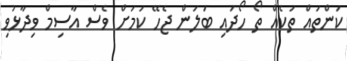
ކަންތައް ތަކެއް ތޯ ހޯދައި ބަލަން ޖެހޭ ކަމަށް ވެސް އާސިމް ވިދާޅުވި